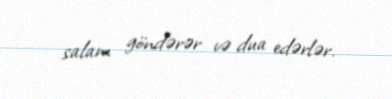
salam göndərər və dua edərlər.